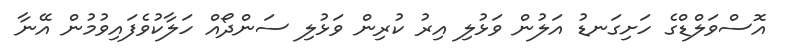
އޮސްވަލްޑްގެ ހަށިގަނޑު އަލުން ވަޅުލި އިރު ކުރިން ވަޅުލި ސަންދޯއް ހަލާކުވެފައިވުމުން އޭނާ